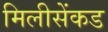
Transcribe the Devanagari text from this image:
मिलीसेंकड